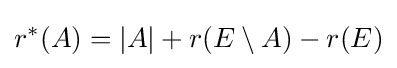
r^{*}(A)=|A|+r(E\setminus A)-r(E)